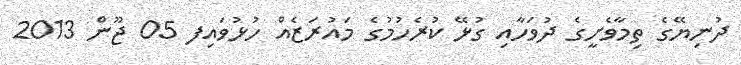
ދުނިޔޭގެ ތިމާވެށީގެ ދުވަހާއި ގުޅޭ ކުރެހުމުގެ މައުރަޒެއް ހުޅުވައިފ 05 ޖޫން 2013